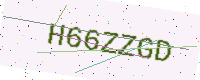
Text: H66ZZGD